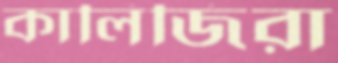
কালিজিরা